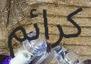
كرائم